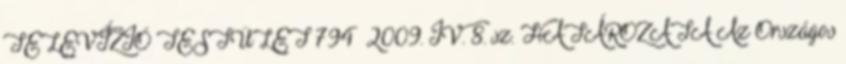
TELEVÍZIÓ TESTÜLET 794 2009. IV. 8. sz. HATÁROZATA Az Országos